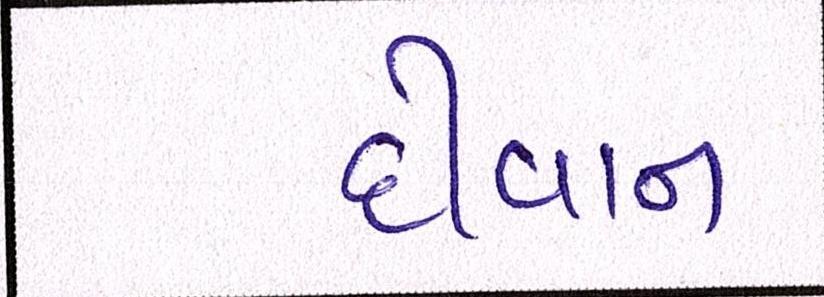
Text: દીવાન